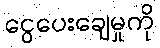
ငွေပေးချေမှုကို